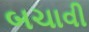
બચાવી